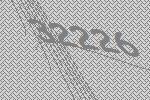
32226